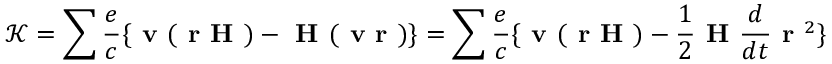
\mathcal { K } = \sum \frac { e } { c } \{ \textbf { v } ( \textbf { r H } ) - \textbf { H } ( \textbf { v r } ) \} = \sum \frac { e } { c } \{ \textbf { v } ( \textbf { r H } ) - \frac { 1 } { 2 } \textbf { H } \frac { d } { d t } \textbf { r } ^ { 2 } \}